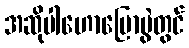
အဆိုပါဟောပြောပွဲတွင်